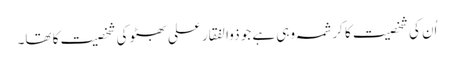
اُن کی شخصیت کا کرشمہ وہی ہے جو ذوالفقار علی بھٹو کی شخصیت کا تھا۔